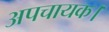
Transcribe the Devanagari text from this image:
अपचायक।